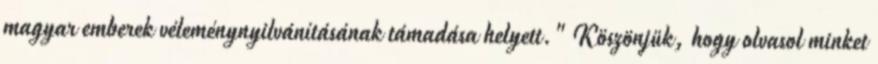
magyar emberek véleménynyilvánításának támadása helyett." Köszönjük, hogy olvasol minket